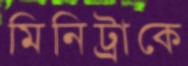
মিনিট্রাকে